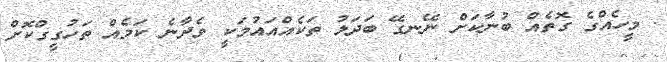
. މީހެއްގެ ގޮތެއް ބުނާކަށް ނޭނގޭ ބަދަލު ތަކެއްއައުމަކީ ވެދާނެ ކަމެއް ތަހުގީގްކޮށް